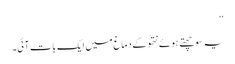
‘‘
یہ سوچھتے ہوئے نتھو کے دماغ میں ایک بات آئی۔